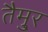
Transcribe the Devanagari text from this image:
तैमु्र